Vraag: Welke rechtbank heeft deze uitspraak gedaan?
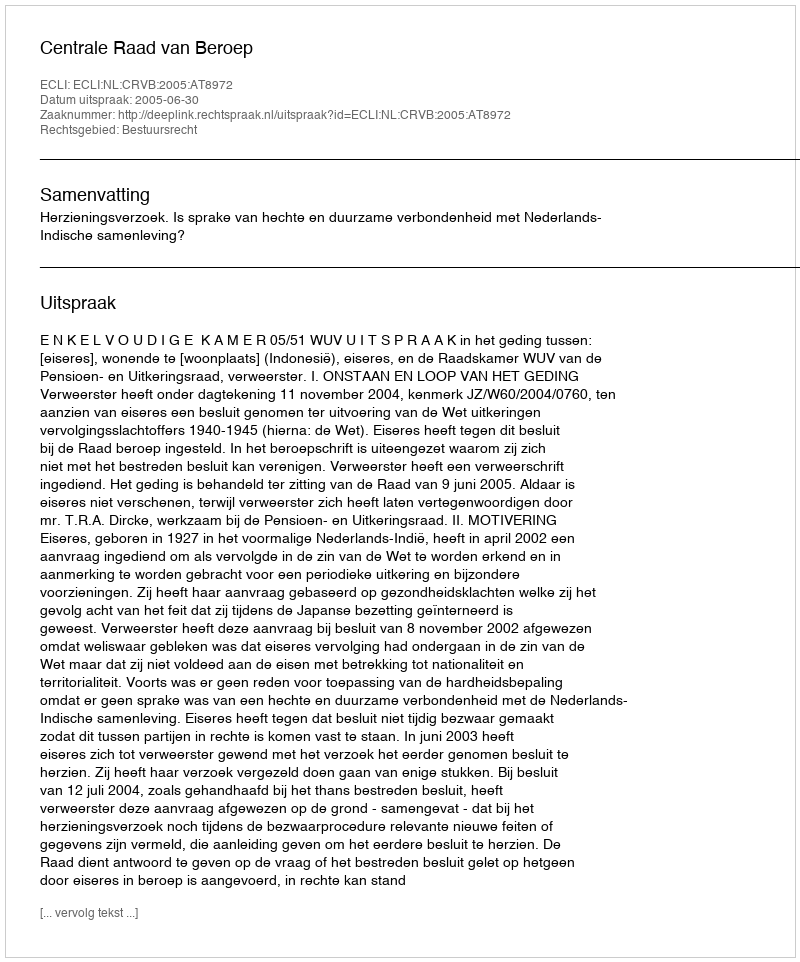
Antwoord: Centrale Raad van Beroep